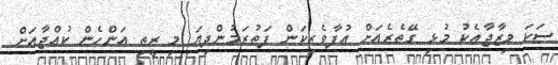
ސަކަ މިޒާޖާއެކު މުޅި ގޭތެރެއަށް އުފާވެރިކަން ފަތުރަމުންދިޔަ މި ރީތި އަންހެން ކުއްޖާއަށް